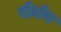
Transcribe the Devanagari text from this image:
सेमंग